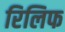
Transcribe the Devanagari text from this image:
रिलिफ